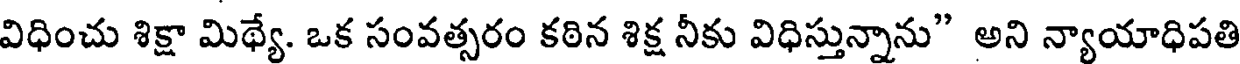
విధించు శిక్షా మిథ్యే. ఒక సంవత్సరం కఠిన శిక్ష నీకు విధిస్తున్నాను" అని న్యాయాధిపతి